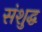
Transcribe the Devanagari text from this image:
संशुद्ध